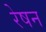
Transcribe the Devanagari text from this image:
रेषन